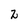
Character: 2